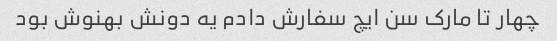
چهار تا مارک سن ایچ سفارش دادم یه دونش بهنوش بود